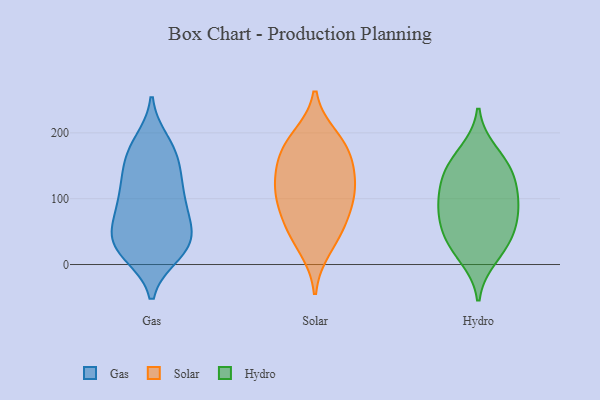
{"axis": {"x": "Shipments", "y": "Value"}, "legend": ["Gas", "Hydro", "Solar"], "data": [{"x": "", "y": 74, "type": "Gas"}, {"x": "", "y": 63, "type": "Gas"}, {"x": "", "y": 45, "type": "Gas"}, {"x": "", "y": 94, "type": "Gas"}, {"x": "", "y": 19, "type": "Gas"}, {"x": "", "y": 122, "type": "Gas"}, {"x": "", "y": 108, "type": "Gas"}, {"x": "", "y": 36, "type": "Gas"}, {"x": "", "y": 16, "type": "Gas"}, {"x": "", "y": 178, "type": "Gas"}, {"x": "", "y": 29, "type": "Gas"}, {"x": "", "y": 21, "type": "Gas"}, {"x": "", "y": 113, "type": "Gas"}, {"x": "", "y": 186, "type": "Gas"}, {"x": "", "y": 170, "type": "Gas"}, {"x": "", "y": 38, "type": "Gas"}, {"x": "", "y": 150, "type": "Gas"}, {"x": "", "y": 150, "type": "Gas"}, {"x": "", "y": 76, "type": "Gas"}, {"x": "", "y": 163, "type": "Solar"}, {"x": "", "y": 184, "type": "Solar"}, {"x": "", "y": 193, "type": "Solar"}, {"x": "", "y": 116, "type": "Solar"}, {"x": "", "y": 113, "type": "Solar"}, {"x": "", "y": 83, "type": "Solar"}, {"x": "", "y": 56, "type": "Solar"}, {"x": "", "y": 57, "type": "Solar"}, {"x": "", "y": 135, "type": "Solar"}, {"x": "", "y": 166, "type": "Solar"}, {"x": "", "y": 25, "type": "Solar"}, {"x": "", "y": 107, "type": "Solar"}, {"x": "", "y": 110, "type": "Hydro"}, {"x": "", "y": 81, "type": "Hydro"}, {"x": "", "y": 134, "type": "Hydro"}, {"x": "", "y": 11, "type": "Hydro"}, {"x": "", "y": 51, "type": "Hydro"}, {"x": "", "y": 29, "type": "Hydro"}, {"x": "", "y": 171, "type": "Hydro"}, {"x": "", "y": 45, "type": "Hydro"}, {"x": "", "y": 82, "type": "Hydro"}, {"x": "", "y": 152, "type": "Hydro"}, {"x": "", "y": 92, "type": "Hydro"}, {"x": "", "y": 135, "type": "Hydro"}]}